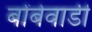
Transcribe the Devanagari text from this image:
बोंबेवाडी